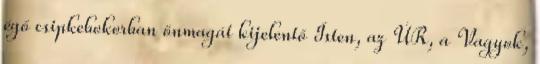
égő csipkebokorban önmagát kijelentő Isten, az ÚR, a Vagyok,